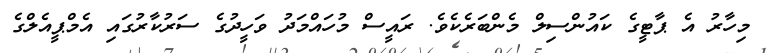
މިހާރު އެ ޕާޓީގެ ކައުންސިލް މެންބަރެކެވެ. ރައީސް މުހައްމަދު ވަހީދުގެ ސަރުކާރުގައި އެމްޕީއެލްގެ